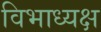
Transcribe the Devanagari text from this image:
विभाध्यक्ष